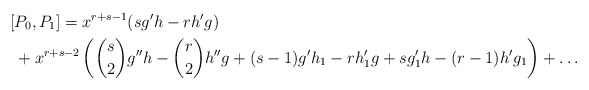
\begin{align*}[&P_0,P_1]=x^{r+s-1}(sg'h-rh'g)\\&+x^{r+s-2}\left(\binom{s}{2}g''h-\binom{r}{2}h''g+(s-1)g'h_1-rh_1'g+sg_1'h-(r-1)h'g_1\right)+\dots\end{align*}